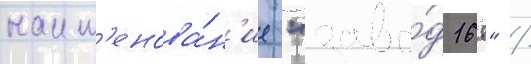
наим'енова́н'ие "заво́д 168" /